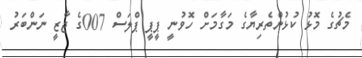
މެޗުގެ މޮޅު ކުޅުންތެރިޔާގެ މަގާމަށް ހޮވުނީ ޕީޕީ ޕްލަސް 007ގެ ޖާޒީ ނަންބަރު